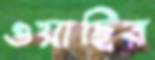
ওয়াছির